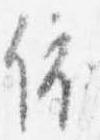
依